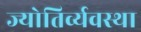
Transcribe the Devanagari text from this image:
ज्योतिर्व्यवस्था